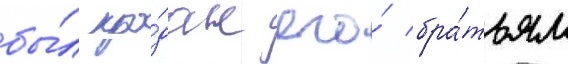
бы́л про́дан его́ бра́тьям